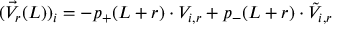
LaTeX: ( \vec { V } _ { r } ( L ) ) _ { i } = - p _ { + } ( L + r ) \cdot V _ { i , r } + p _ { - } ( L + r ) \cdot \tilde { V } _ { i , r }